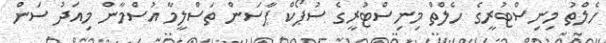
ހެލްތު މިނިސްޓުރީގެ ހެލްތް މިނިސްޓުރީގެ ސުޕޯކް ޕާސަން ތަސްލީމާ އުސްމާން މިއަދު ސަން